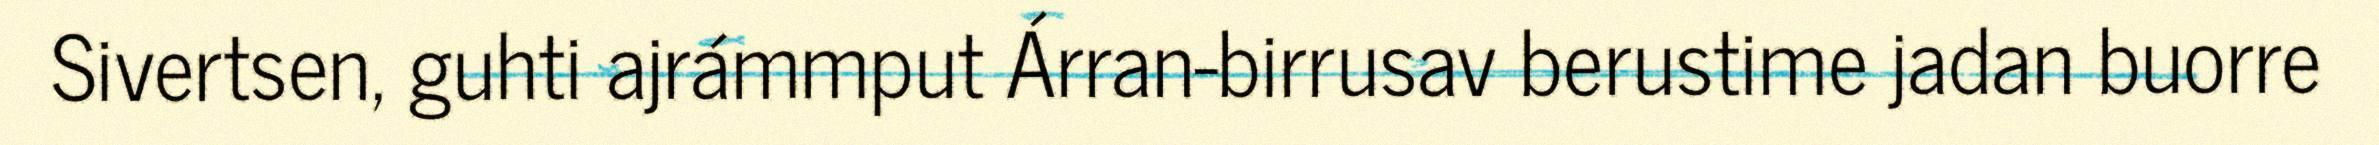
Sivertsen, guhti ajrámmput Árran-birrusav berustime jadan buorre